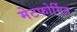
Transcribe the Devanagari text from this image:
मेटफोर्मिन